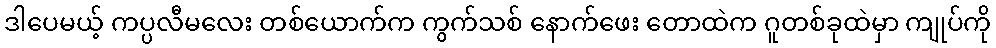
ဒါပေမယ့် ကပ္ပလီမလေး တစ်ယောက်က ကွက်သစ် နောက်ဖေး တောထဲက ဂူတစ်ခုထဲမှာ ကျုပ်ကို